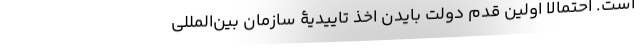
است. احتمالاً اولین قدمِ دولت بایدن اخذ تاییدیۀ سازمانِ بین‌المللی